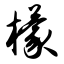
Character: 檬